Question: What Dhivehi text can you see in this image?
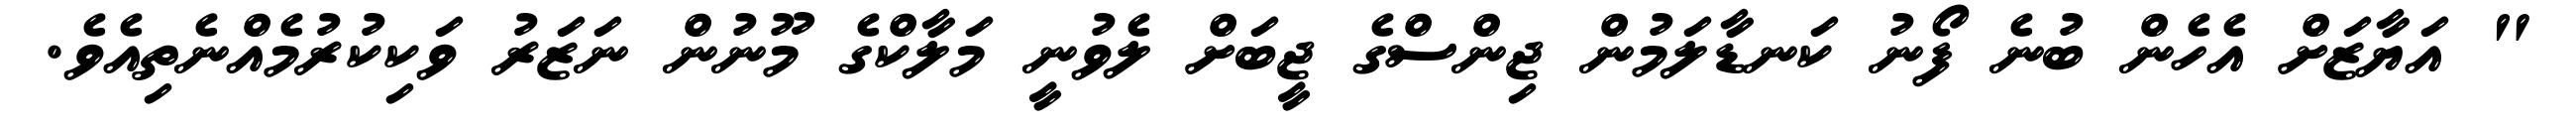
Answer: " އަޔާޒަށް އެހެން ބުނެ ފޯނު ކަނޑާލަމުން ޖިންސްގެ ޖީބަށް ލެވުނީ މަލާކްގެ މޫނުން ނަޒަރު ވަކިކުރުމެއްނެތިއެވެ.